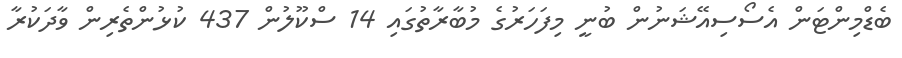
ބެޑްމިންޓަން އެސޯސިއޭޝަނުން ބުނީ މިފަހަރުގެ މުބާރާތުގައި 14 ސްކޫލުން 437 ކުޅުންތެރިން ވާދަކުރާ